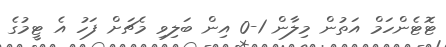
ޓޮޓެންހަމް އަތުން މިލާން 1-0 އިން ބަލިވި މެޗަށް ފަހު އެ ޓީމުގެ